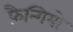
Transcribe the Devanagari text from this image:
फ़ैन्गियो